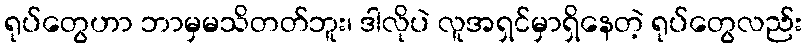
ရုပ်တွေဟာ ဘာမှမသိတတ်ဘူး၊ ဒါလိုပဲ လူအရှင်မှာရှိနေတဲ့ ရုပ်တွေလည်း